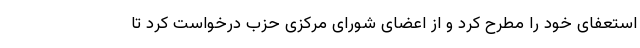
استعفای خود را مطرح کرد و از اعضای شورای مرکزی حزب درخواست کرد تا